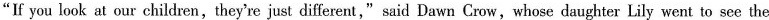
"If you look at our children,they're just different,"said Dawn Crow,whose daughter Lily went to see the